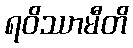
ရဝိဿာမီတိ